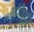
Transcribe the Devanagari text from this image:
ग्रेसियन